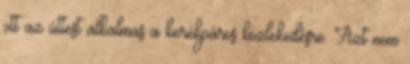
ott az úttest alkalmas a kerékpáros közlekedésre. Azt nem